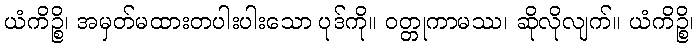
ယံကိဉ္စိ၊ အမှတ်မထားတပါးပါးသော ပုဒ်ကို။ ဝတ္တုကာမဿ၊ ဆိုလိုလျက်။ ယံကိဉ္စိ၊